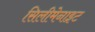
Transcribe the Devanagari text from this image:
सिलीमेनाइट